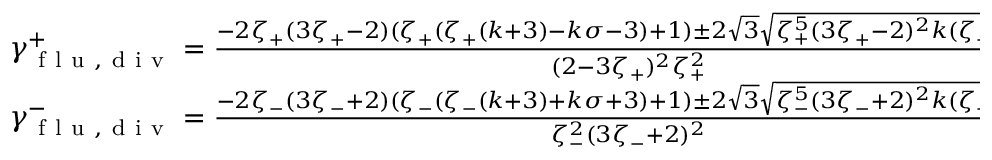
\begin{array} { r } { \gamma _ { \mathrm { ~ f ~ l ~ u ~ } , \mathrm { ~ d ~ i ~ v ~ } } ^ { + } = \frac { - 2 \zeta _ { + } ( 3 \zeta _ { + } - 2 ) ( \zeta _ { + } ( \zeta _ { + } ( k + 3 ) - k \sigma - 3 ) + 1 ) \pm 2 \sqrt { 3 } \sqrt { \zeta _ { + } ^ { 5 } ( 3 \zeta _ { + } - 2 ) ^ { 2 } k ( \zeta _ { + } - \sigma ) } } { ( 2 - 3 \zeta _ { + } ) ^ { 2 } \zeta _ { + } ^ { 2 } } , } \\ { \gamma _ { \mathrm { ~ f ~ l ~ u ~ } , \mathrm { ~ d ~ i ~ v ~ } } ^ { - } = \frac { - 2 \zeta _ { - } ( 3 \zeta _ { - } + 2 ) ( \zeta _ { - } ( \zeta _ { - } ( k + 3 ) + k \sigma + 3 ) + 1 ) \pm 2 \sqrt { 3 } \sqrt { \zeta _ { - } ^ { 5 } ( 3 \zeta _ { - } + 2 ) ^ { 2 } k ( \zeta _ { - } + \sigma ) } } { \zeta _ { - } ^ { 2 } ( 3 \zeta _ { - } + 2 ) ^ { 2 } } , } \end{array}